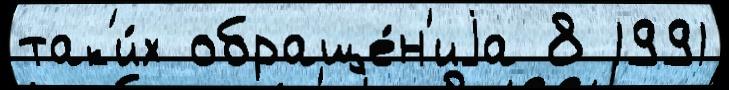
так'и́х обраще́н'иjа 8 1991